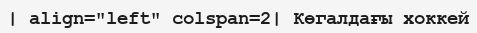
| align="left" colspan=2| Көгалдағы хоккей